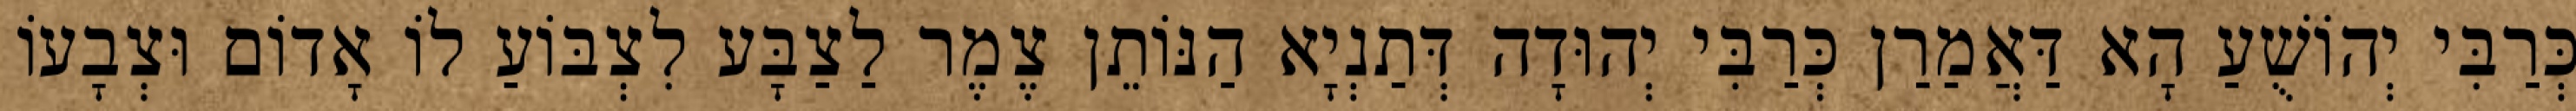
כְּרַבִּי יְהוֹשֻׁעַ הָא דַּאֲמַרַן כְּרַבִּי יְהוּדָה דְּתַנְיָא הַנּוֹתֵן צֶמֶר לַצַבָּע לִצְבּוֹעַ לוֹ אָדוֹם וּצְבָעוֹ